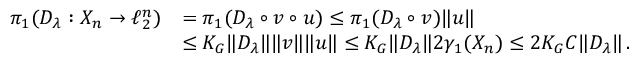
\begin{array} { r l } { \pi _ { 1 } ( D _ { \lambda } : X _ { n } \to \ell _ { 2 } ^ { n } ) } & { = \pi _ { 1 } ( D _ { \lambda } \circ v \circ u ) \leq \pi _ { 1 } ( D _ { \lambda } \circ v ) \| u \| } \\ & { \leq K _ { G } \| D _ { \lambda } \| \| v \| \| u \| \leq K _ { G } \| D _ { \lambda } \| 2 \gamma _ { 1 } ( X _ { n } ) \leq 2 K _ { G } C \| D _ { \lambda } \| \, . } \end{array}